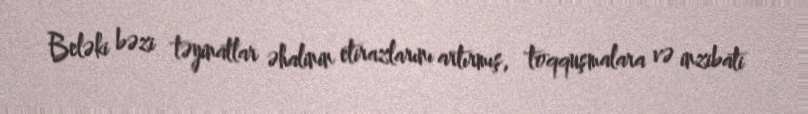
Beləki bəzi təyinatlar əhalinin etirazlarını artırmış, toqquşmalara və inzibati